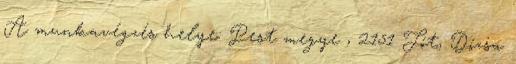
A munkavégzés helye: Pest megye , 2151 Fót, Dózsa